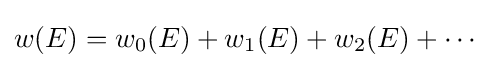
w(E)=w_{0}(E)+w_{1}(E)+w_{2}(E)+\cdots